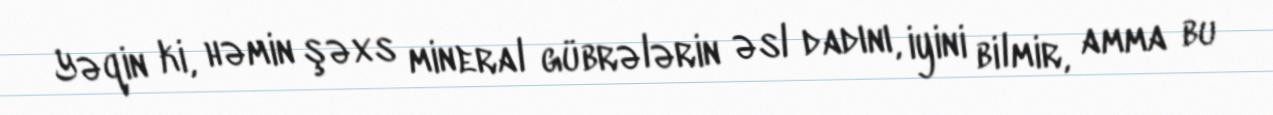
Yəqin ki, həmin şəxs mineral gübrələrin əsl dadını, iyini bilmir, amma bu